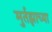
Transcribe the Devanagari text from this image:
मुर्तझाच्या